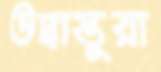
উদ্বাস্তুরা